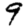
Digit: 9